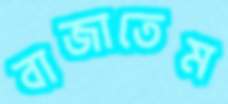
বাজাতেম